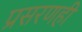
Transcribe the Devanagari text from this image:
प्रसरणही